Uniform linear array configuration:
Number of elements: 64
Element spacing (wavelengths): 0.25
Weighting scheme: hamming
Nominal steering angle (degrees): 45
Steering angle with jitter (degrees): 46.431
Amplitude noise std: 0.05
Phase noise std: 0.05

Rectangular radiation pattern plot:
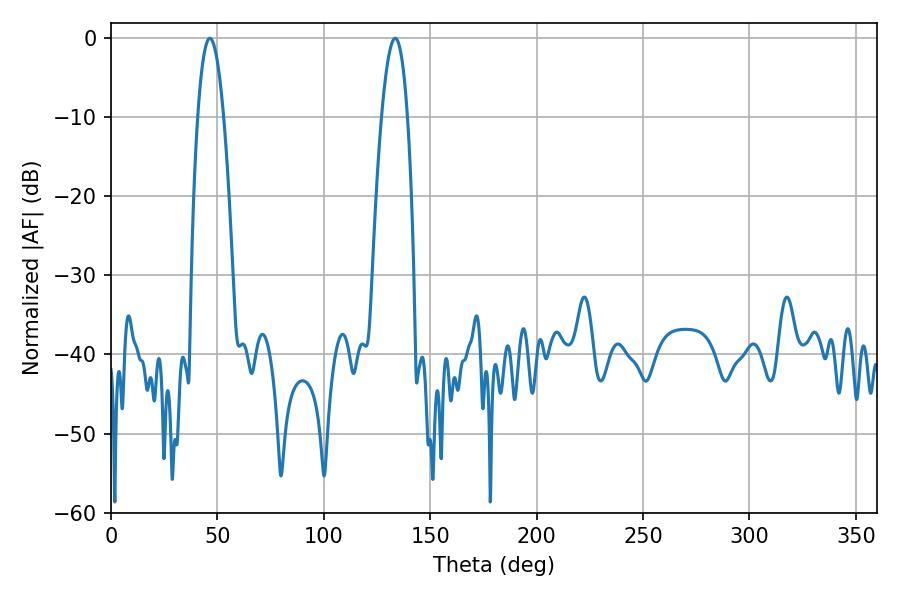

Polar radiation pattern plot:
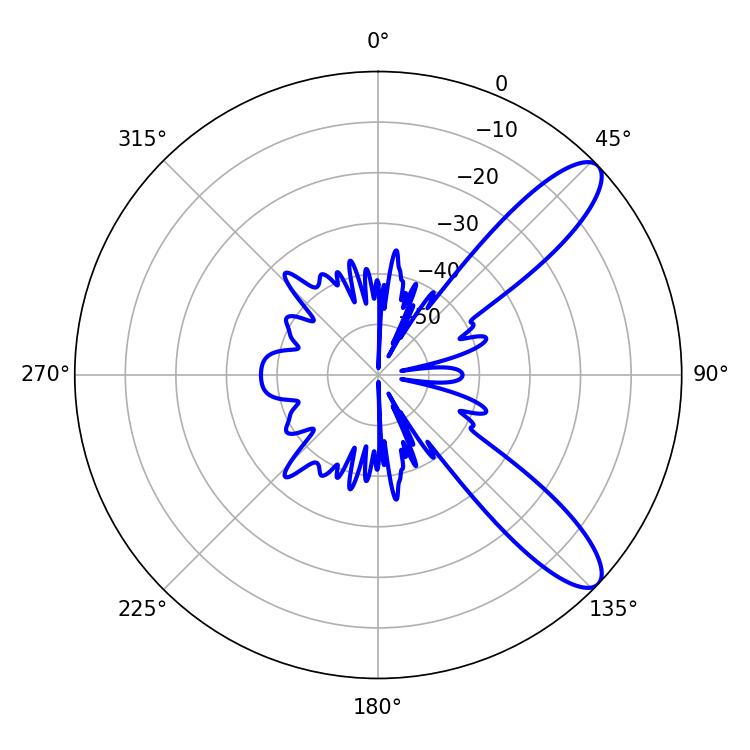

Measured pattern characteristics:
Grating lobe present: FALSE
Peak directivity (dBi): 10.381
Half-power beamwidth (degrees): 6.66
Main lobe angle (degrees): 46.44